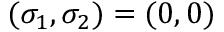
( \sigma _ { 1 } , \sigma _ { 2 } ) = ( 0 , 0 )